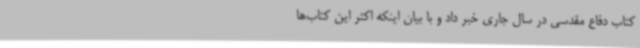
کتاب دفاع مقدسی در سال جاری خبر داد و با بیان اینکه اکثر این کتاب‌ها